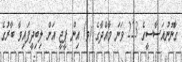
ގާނޫނުއަސާސީގެ 223 ވަނަ މާއްދާގެ (ވ) އިން ޕީޖީ އަށް ލިބިދީފައިވާ ބާރުގެ